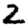
Digit: 2